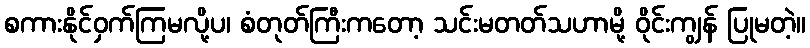
စကားနိုင်ဝှက်ကြမလို့ပ၊ စံတုတ်ကြီးကတော့ သင်းမတတ်သဟာမို့ ဝိုင်းကျွန် ပြုမတဲ့။